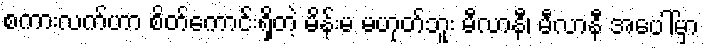
စကားလက်ဟာ စိတ်ကောင်းရှိတဲ့ မိန်းမ မဟုတ်ဘူး မီလာနီ၊ မီလာနီ အပေါ်မှာ